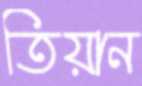
তিয়ান